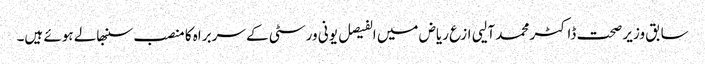
سابق وزیر صحت ڈاکٹر محمد آلیی ازع ریاض میں الفیصل یونی ورسٹی کے سربراہ کا منصب سنبھالے ہوئے ہیں۔